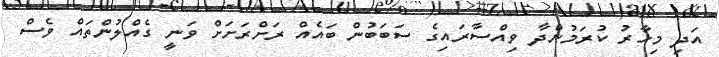
އަދި މިހާރު ކުރަމުންދާ ވިއްސާރައިގެ ސަބަބުން ބައެއް ރަށްރަށަށް ވަނީ ގެއްލުންތައް ވެސް